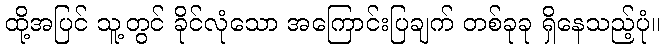
ထို့အပြင် သူ့တွင် ခိုင်လုံသော အကြောင်းပြချက် တစ်ခုခု ရှိနေသည့်ပုံ။